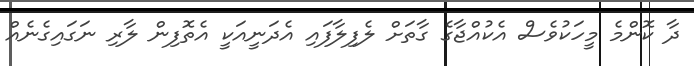
ދާ ކޮންމެ މީހަކުވެސް އެކުއްޖާގެ ގާތަށް ލެފިލާފައި އެދަނީއަކީ އެތޮފިން ލާރި ނަގައިގެނެއް